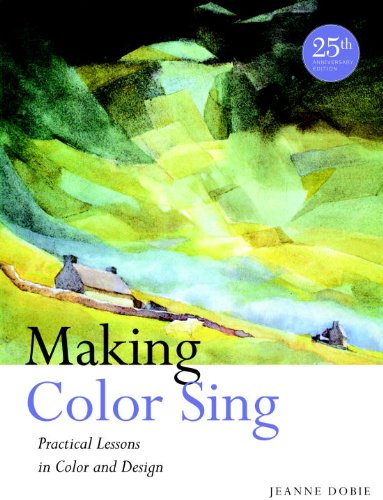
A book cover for Making Color Sing, 25th Anniversary Edition: Practical Lessons in Color and Design; Jeanne Dobie; Arts & Photography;